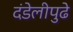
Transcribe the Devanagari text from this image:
दंडेलीपुढे